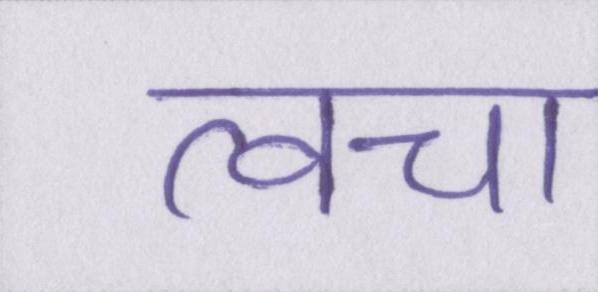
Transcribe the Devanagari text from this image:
त्वचा